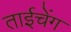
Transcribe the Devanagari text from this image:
ताईचेंग